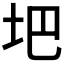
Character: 𪣀